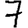
Digit: 7